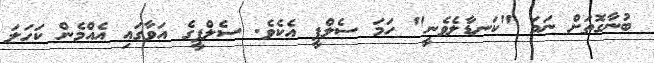
ބުނާގޮތަށް ނަމަ "ކަނޑާލެވެނީ" ހަމަ ސެލްފީ އެކެވެ. ސެލްފީގެ އަވާގައި އެއްމެން ކަހަލަ